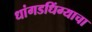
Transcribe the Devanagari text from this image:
धांगडधिंग्याचा